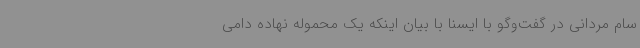
سام مردانی در گفت‌وگو با ایسنا با بیان اینکه یک محموله نهاده دامی